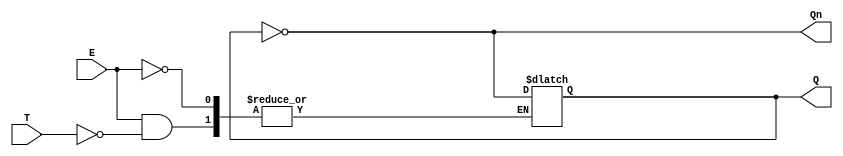
module Gated_T_Latch (
    input wire T,      // Toggle input
    input wire E,      // Enable input
    output reg Q,      // Output
    output wire Qn     // Complement of output
);

    assign Qn = ~Q; // Q' is the complement of Q

    always @(E or T) begin
        if (E) begin
            if (T) begin
                Q <= ~Q; // Toggle the output
            end
            // If T is low, Q remains unchanged
        end
        // If E is low, Q remains unchanged
    end

endmodule